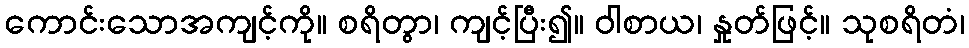
ကောင်းသောအကျင့်ကို။ စရိတွာ၊ ကျင့်ပြီး၍။ ဝါစာယ၊ နှုတ်ဖြင့်။ သုစရိတံ၊